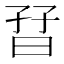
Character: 𡥨